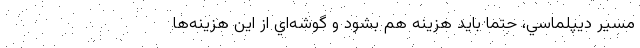
مسير ديپلماسي، حتما بايد هزينه هم بشود و گوشه‌اي از اين هزينه‌ها